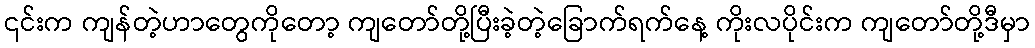
၎င်းက ကျန်တဲ့ဟာတွေကိုတော့ ကျတော်တို့ပြီးခဲ့တဲ့ခြောက်ရက်နေ့ ကိုးလပိုင်းက ကျတော်တို့ဒီမှာ